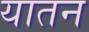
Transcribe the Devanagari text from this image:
यातन